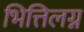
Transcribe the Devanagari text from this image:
भित्तिलग्न